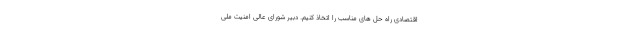
اقتصادی راه حل های مناسب را اتخاذ کنیم. دبیر شورای عالی امنیت ملی